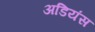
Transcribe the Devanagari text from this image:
अडियंस